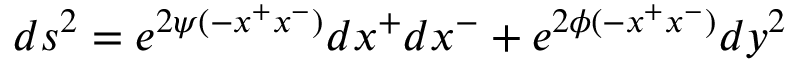
d s ^ { 2 } = e ^ { 2 \psi ( - x ^ { + } x ^ { - } ) } d x ^ { + } d x ^ { - } + e ^ { 2 \phi ( - x ^ { + } x ^ { - } ) } d y ^ { 2 }